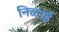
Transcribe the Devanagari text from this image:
निळाई